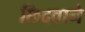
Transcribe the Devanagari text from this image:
छिदवाने